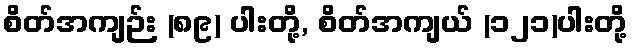
စိတ်အကျဉ်း (၈၉) ပါးတို့, စိတ်အကျယ် (၁၂၁)ပါးတို့